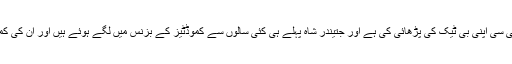
جئے شاہ ایک کوالیفائڈ انجینئر ہیں،جنہوں نے نرما یونیورسٹی سی اپنی بی ٹیک کی پڑھائی کی ہے اور جتیندر شاہ پہلے ہی کئی سالوں سے کموڈٹیز کے بزنس میں لگے ہوئے ہیں اور ان کی کمپنیاں 100کروڑ سے زیادہ کا سالانہ کاروبار کر رہی تھیں۔